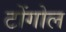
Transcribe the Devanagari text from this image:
टोंगोल